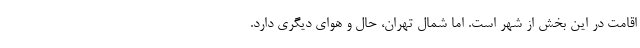
اقامت در این بخش از شهر است. اما شمال تهران، حال و هوای دیگری دارد.